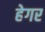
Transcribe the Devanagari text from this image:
हेगर